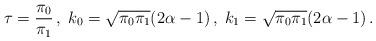
LaTeX: \begin{align*}\tau={\pi_0\over\pi_1} \,,\; k_0=\sqrt{\pi_0\pi_1}(2\alpha-1)\,,\;k_1=\sqrt{\pi_0\pi_1}(2\alpha-1)\,.\end{align*}